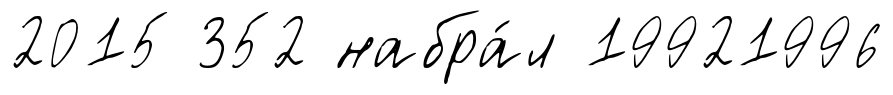
2015 352 набра́л 19921996